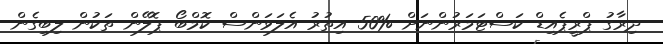
ދިރާގު ޕްރީޕެއިޑް ކަސްޓަމަރުންނަށް %50 އިތުރު އެލަވަންސް ކޮމްބޯ ޕޮލޭން ތަކުން ލިބިގެން